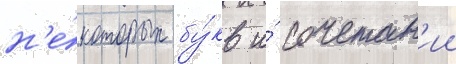
н'е́которых бу́кв и́ сочетан'ии